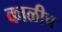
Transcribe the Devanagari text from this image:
काळीच